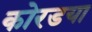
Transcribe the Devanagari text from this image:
कोरडया